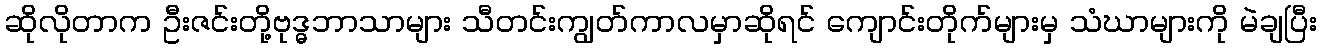
ဆိုလိုတာက ဦးဇင်းတို့ဗုဒ္ဓဘာသာများ သီတင်းကျွတ်ကာလမှာဆိုရင် ကျောင်းတိုက်များမှ သံဃာများကို မဲချပြီး